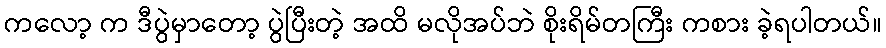
ကလော့ က ဒီပွဲမှာတော့ ပွဲပြီးတဲ့ အထိ မလိုအပ်ဘဲ စိုးရိမ်တကြီး ကစား ခဲ့ရပါတယ်။